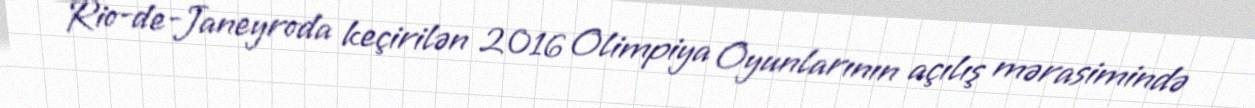
Rio-de-Janeyroda keçirilən 2016 Olimpiya Oyunlarının açılış mərasimində